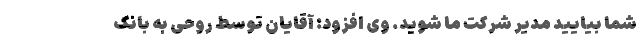
شما بیایید مدیر شرکت ما شوید. وی افزود: آقایان توسط روحی به بانک